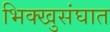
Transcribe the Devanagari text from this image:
भिक्खुसंघात